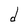
Character: d